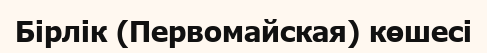
Бірлік (Первомайская) көшесі